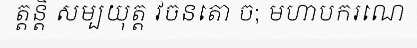
ត្តន្តិ សម្បយុត្ត វចនតោ ច; មហាបករណេ